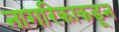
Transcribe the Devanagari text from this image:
नागरिकाकडून